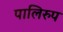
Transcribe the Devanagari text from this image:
पालिरुप